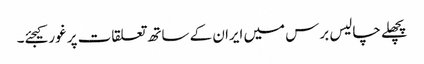
پچھلے چالیس برس میں ایران کے ساتھ تعلقات پر غور کیجئے۔